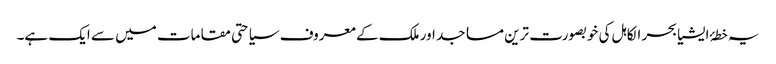
یہ خطۂ ایشیا بحر الکاہل کی خوبصورت ترین مساجد اور ملک کے معروف سیاحتی مقامات میں سے ایک ہے۔